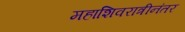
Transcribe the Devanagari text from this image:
महाशिवरात्रीनंतर